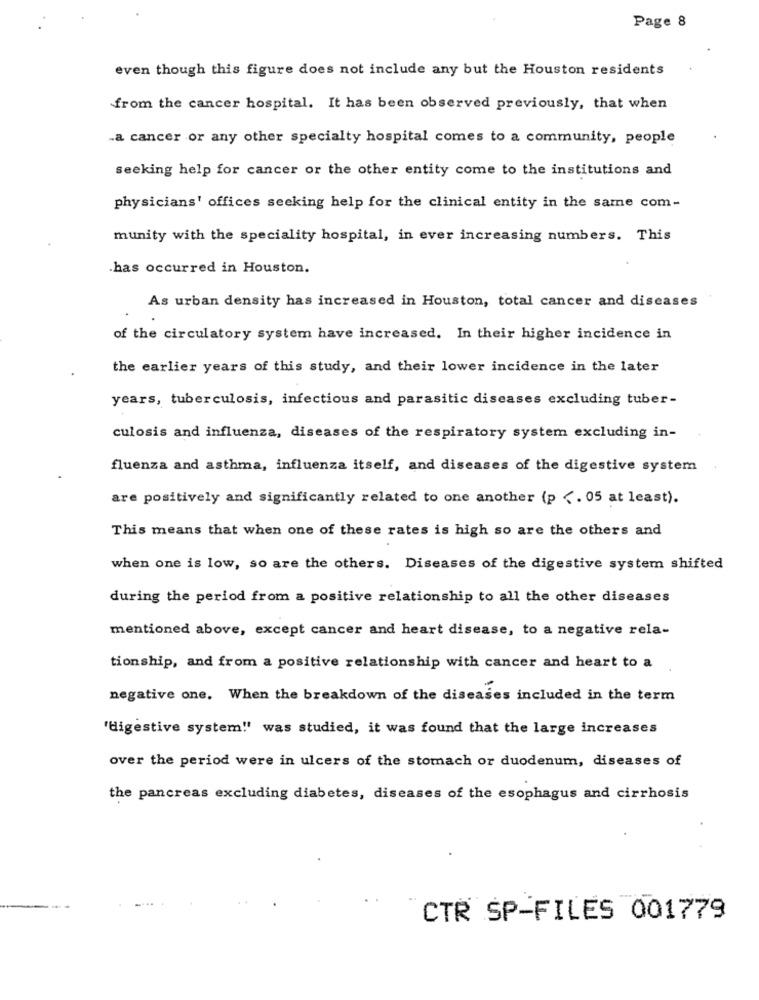
Page 8
even though this figure does not include any but the Houston residents
from the cancer hospital. It has been observed previously, that when
.a cancer or any other specialty hospital comes to a community, people
seeking help for cancer or the other entity come to the institutions and
physicians' offices seeking help for the clinical entity in the same com-
munity with the speciality hospital, in ever increasing numbers. This
.has occurred in Houston.
As urban density has increased in Houston, total cancer and diseases
of the circulatory system have increased. In their higher incidence in
the earlier years of this study, and their lower incidence in the later
years, tuberculosis, infectious and parasitic diseases excluding tuber-
culosis and influenza, diseases of the respiratory system excluding in-
fluenza and asthma, influenza itself, and diseases of the digestive system
are positively and significantly related to one another (p <. 05 at least).
This means that when one of these rates is high so are the others and
when one is low, so are the others. Diseases of the digestive system shifted
during the period from a positive relationship to all the other diseases
mentioned above, except cancer and heart disease, to a negative rela-
tionship, and from a positive relationship with cancer and heart to a
negative one. When the breakdown of the diseases included in the term
'digestive system!" was studied, it was found that the large increases
over the period were in ulcers of the stomach or duodenum, diseases of
the pancreas excluding diabetes, diseases of the esophagus and cirrhosis
CTR SP-FILES 001779